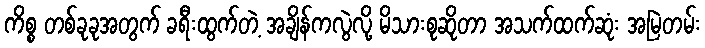
ကိစ္စ တစ်ခုခုအတွက် ခရီးထွက်တဲ့ အချိန်ကလွဲလို့ မိသားစုဆိုတာ အသက်ထက်ဆုံး အမြဲတမ်း